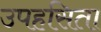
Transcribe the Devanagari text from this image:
उपहसिता